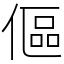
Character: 傴